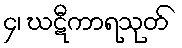
၄၊ ဃဋီကာရသုတ်